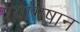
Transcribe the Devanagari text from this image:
श्यांगषान